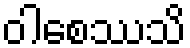
ဝါစေဿသိ